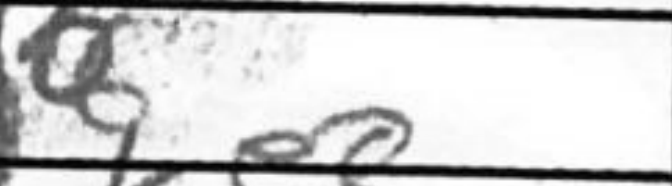
Transcription: Rg6